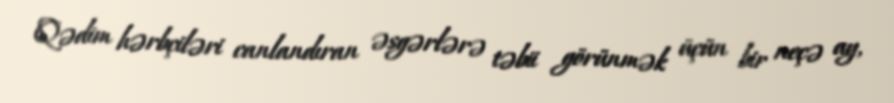
Qədim hərbçiləri canlandıran əsgərlərə təbii görünmək üçün bir neçə ay,